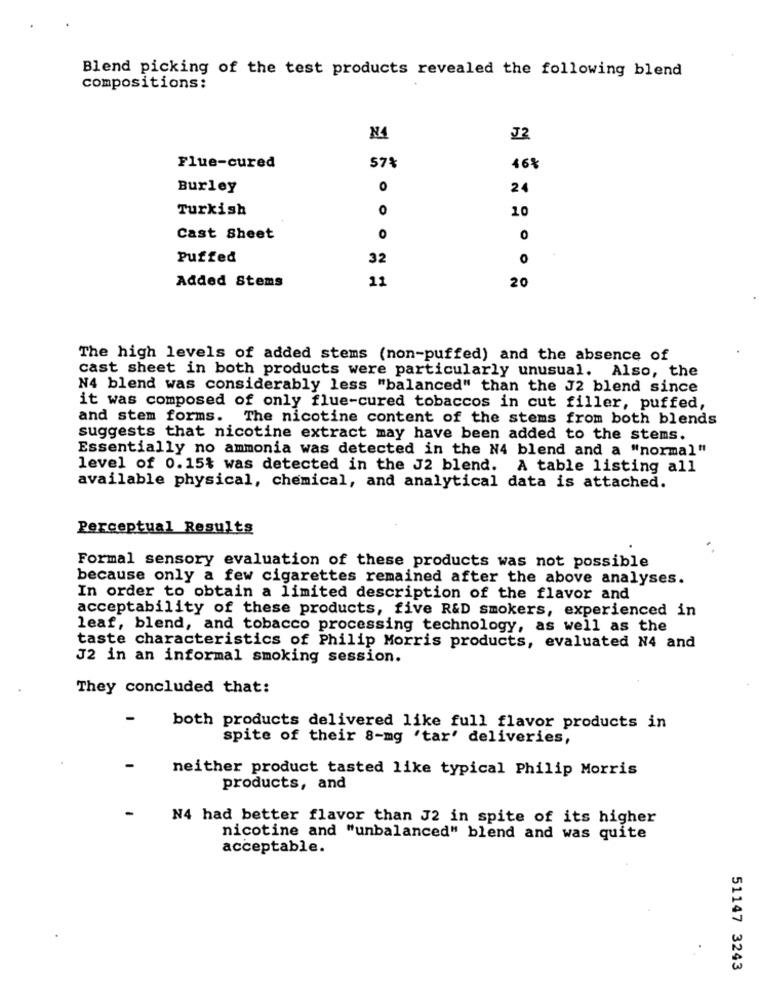
Blend picking of the test products revealed the following blend
compositions:
N4
J2
Flue-cured
57%
46%
Burley
0
24
Turkish
0
10
Cast Sheet
0
Puffed
32
O
11
20
Added Stems
The high levels of added stems (non-puffed) and the absence of
cast sheet in both products were particularly unusual. Also, the
N4 blend was considerably less "balanced" than the J2 blend since
it was composed of only flue-cured tobaccos in cut filler, puffed,
and stem forms. The nicotine content of the stems from both blends
suggests that nicotine extract may have been added to the stems.
Essentially no ammonia was detected in the N4 blend and a "normal"
level of 0.15% was detected in the J2 blend. A table listing all
available physical, chemical, and analytical data is attached.
Perceptual Results
Formal sensory evaluation of these products was not possible
because only a few cigarettes remained after the above analyses.
In order to obtain a limited description of the flavor and
acceptability of these products, five R&D smokers, experienced in
leaf, blend, and tobacco processing technology, as well as the
taste characteristics of Philip Morris products, evaluated N4 and
J2 in an informal smoking session.
They concluded that:
both products delivered like full flavor products in
spite of their 8-mg 'tar' deliveries,
neither product tasted like typical Philip Morris
products, and
N4 had better flavor than J2 in spite of its higher
nicotine and "unbalanced" blend and was quite
acceptable.
51147 3243